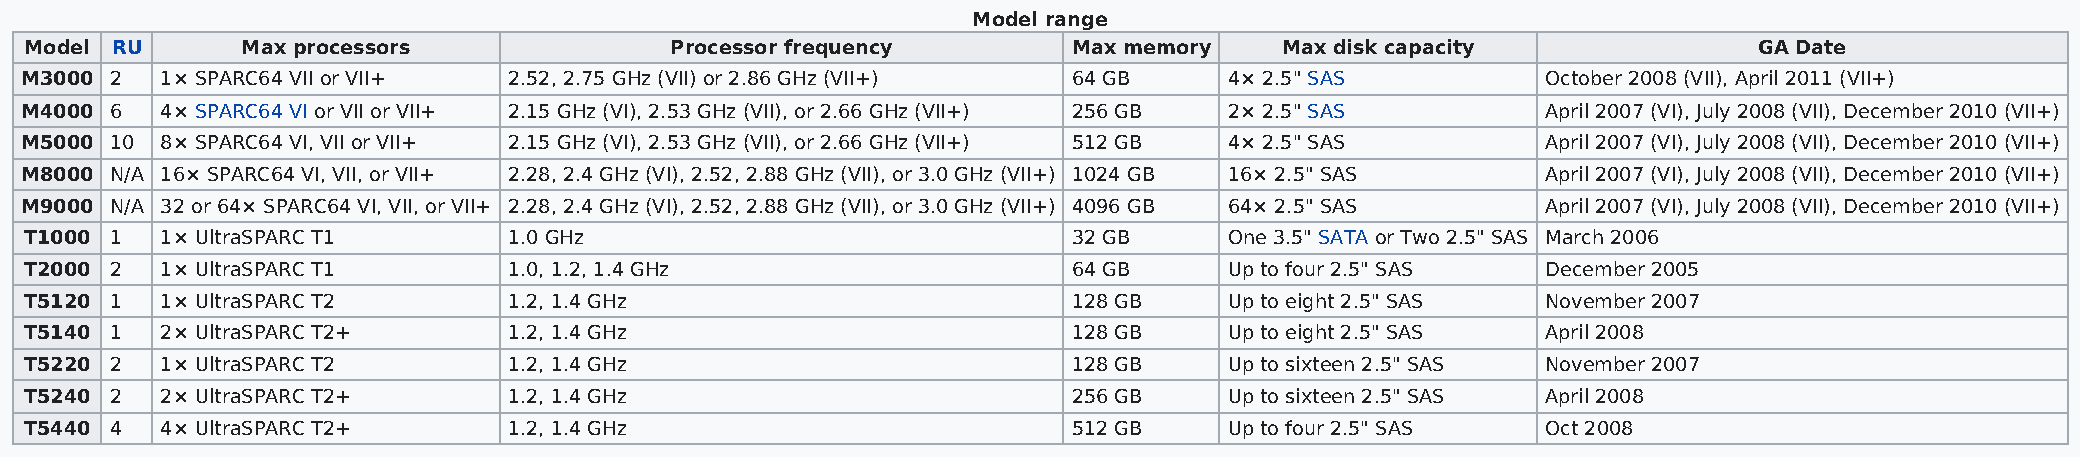
Model range
 Model RU      Max processors              Processor frequency        Max memory    Max disk capacity              GA Date
 M3000 2   1× SPARC64 VII or VII+ 2.52, 2.75 GHz (VII) or 2.86 GHz (VII+) 64 GB  4× 2.5" SAS          October 2008 (VII), April 2011 (VII+)
 M4000 6   4× SPARC64 VI or VII or VII+ 2.15 GHz (VI), 2.53 GHz (VII), or 2.66 GHz (VII+) 256 GB 2× 2.5" SAS April 2007 (VI), July 2008 (VII), December 2010 (VII+)
 M5000 10  8× SPARC64 VI, VII or VII+ 2.15 GHz (VI), 2.53 GHz (VII), or 2.66 GHz (VII+) 512 GB 4× 2.5" SAS April 2007 (VI), July 2008 (VII), December 2010 (VII+)
 M8000 N/A 16× SPARC64 VI, VII, or VII+ 2.28, 2.4 GHz (VI), 2.52, 2.88 GHz (VII), or 3.0 GHz (VII+) 1024 GB 16× 2.5" SAS April 2007 (VI), July 2008 (VII), December 2010 (VII+)
 M9000 N/A 32 or 64× SPARC64 VI, VII, or VII+ 2.28, 2.4 GHz (VI), 2.52, 2.88 GHz (VII), or 3.0 GHz (VII+) 4096 GB 64× 2.5" SAS April 2007 (VI), July 2008 (VII), December 2010 (VII+)
 T1000 1  1× UltraSPARC T1       1.0 GHz                              32 GB     One 3.5" SATA or Two 2.5" SAS March 2006
 T2000 2  1× UltraSPARC T1       1.0, 1.2, 1.4 GHz                    64 GB     Up to four 2.5" SAS  December 2005
 T5120 1  1× UltraSPARC T2       1.2, 1.4 GHz                         128 GB    Up to eight 2.5" SAS November 2007
 T5140 1  2× UltraSPARC T2+      1.2, 1.4 GHz                         128 GB    Up to eight 2.5" SAS April 2008
 T5220 2  1× UltraSPARC T2       1.2, 1.4 GHz                         128 GB    Up to sixteen 2.5" SAS November 2007
 T5240 2  2× UltraSPARC T2+      1.2, 1.4 GHz                         256 GB    Up to sixteen 2.5" SAS April 2008
 T5440 4  4× UltraSPARC T2+      1.2, 1.4 GHz                         512 GB    Up to four 2.5" SAS  Oct 2008